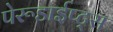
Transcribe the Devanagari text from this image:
पेरूडाईप्ट्स